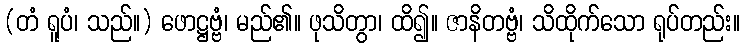
(တံ ရူပံ၊ သည်။) ဖောဋ္ဌဗ္ဗံ၊ မည်၏။ ဖုသိတွာ၊ ထိ၍။ ဇာနိတဗ္ဗံ၊ သိထိုက်သော ရုပ်တည်း။